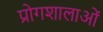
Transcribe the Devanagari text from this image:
प्रोगशालाओं